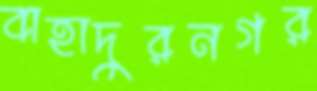
বাহাদুরনগর